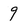
Character: 9